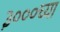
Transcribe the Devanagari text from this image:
३०००च्या